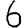
Digit: 6